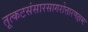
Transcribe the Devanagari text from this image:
तूत्कटसंसारसागरोत्तारणक्षमः